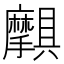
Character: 𫾝